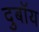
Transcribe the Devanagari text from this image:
दुबॉय